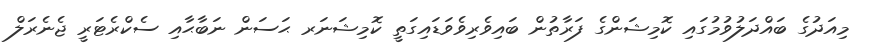
މިއަދުގެ ބައްދަލުވުމުގައި ކޮމިޝަންގެ ފަރާތުން ބައިވެރިވެވަޑައިގަތީ ކޮމިޝަނަރ ޙަސަން ނަބާޙާއި ސެކްރެޓަރީ ޖެނެރަލް